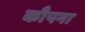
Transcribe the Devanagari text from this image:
काँपना